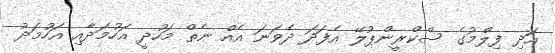
އަދި ފިލްމުގެ ސްކްރީންޕުލޭ އެފަދަ ދެވަނަ އެއް ނެތް މަހުދީ އަހުމަދާއި އަހުމަދު